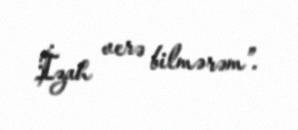
İzah verə bilmərəm”.